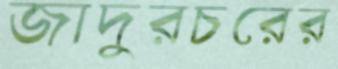
জাদুরচরের